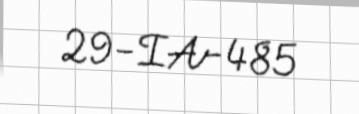
29-IA-485